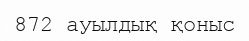
872 ауылдық қоныс